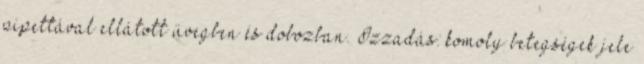
pipettával ellátott üvegben és dobozban. Izzadás: komoly betegségek jele